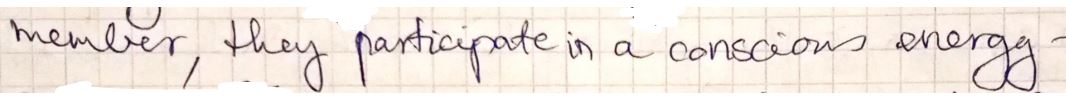
member, they participate in a conscious energy -